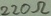
Text: 220Ω